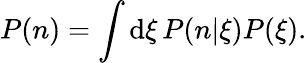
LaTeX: P(n)=\int\mathrm{d}\xi\, P(n|\xi)P(\xi).